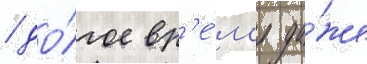
/ до́лгое вр'е́м'я да́же